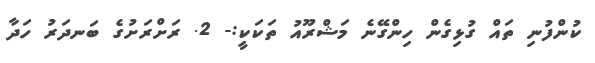
ކުންފުނި ތައް ގުޅިގެން ހިންގޭނެ މަޝްރޫއު ތަކަކީ:- 2. ރަށްރަށުގެ ބަނދަރު ހަދާ